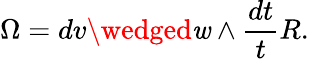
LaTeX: \Omega=dv\wedged\mathit{w}\wedge\frac{{dt}}{{t}}R.